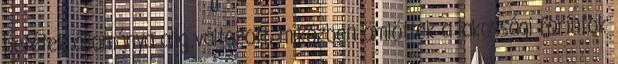
betétek állománya alig változott, miközben ömlöttek a lakossági forintok